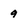
Character: 9